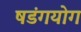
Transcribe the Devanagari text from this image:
षडंगयोग